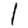
Digit: 1